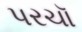
પરચૉ